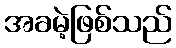
အခမဲ့ဖြစ်သည်